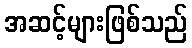
အဆင့်များဖြစ်သည်